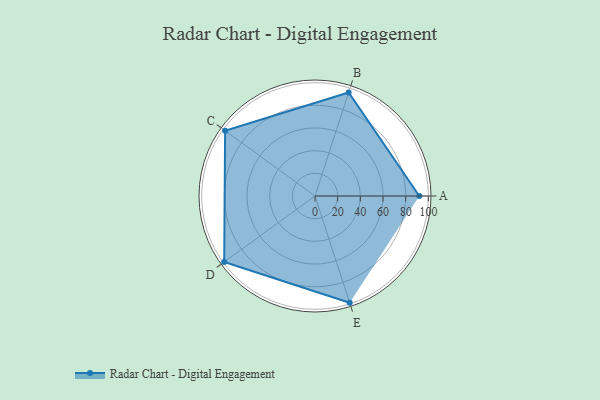
{"axis": {"x": "Skill", "y": "Score"}, "legend": ["Profile"], "data": [{"x": "A", "y": 92.0, "type": "Profile"}, {"x": "B", "y": 96.0, "type": "Profile"}, {"x": "C", "y": 98.0, "type": "Profile"}, {"x": "D", "y": 99, "type": "Profile"}, {"x": "E", "y": 99, "type": "Profile"}]}